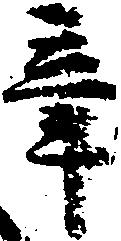
辛